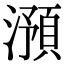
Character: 澦